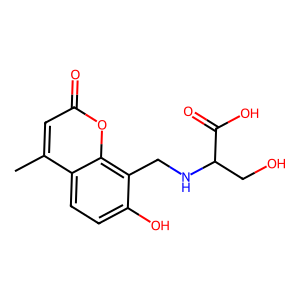
SMILES: Cc1cc(=O)oc2c(CNC(CO)C(=O)O)c(O)ccc12
Inhibits HIV replication: No